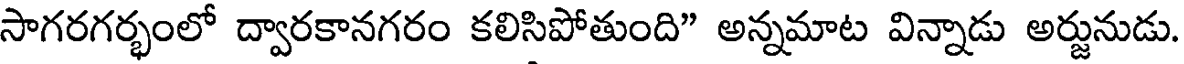
సాగరగర్భంలో ద్వారకానగరం కలిసిపోతుంది" అన్నమాట విన్నాడు అర్జునుడు